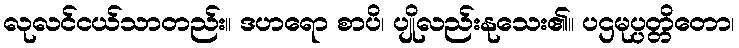
လုလင်ငယ်သာတည်း။ ဒဟရော စာပိ၊ ပျိုလည်းနုသေး၏။ ပဌမုပ္ပတ္တိတော၊